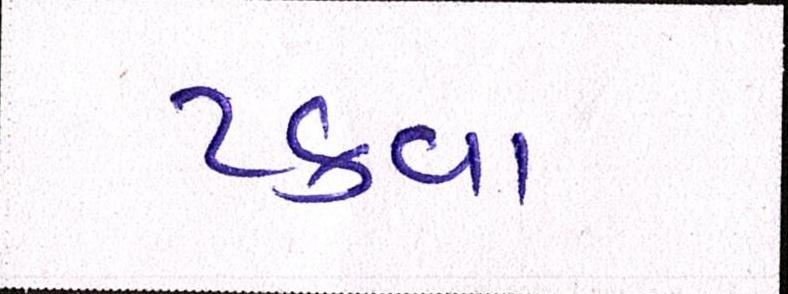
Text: ટકવા